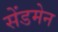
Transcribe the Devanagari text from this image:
सेंडमेन